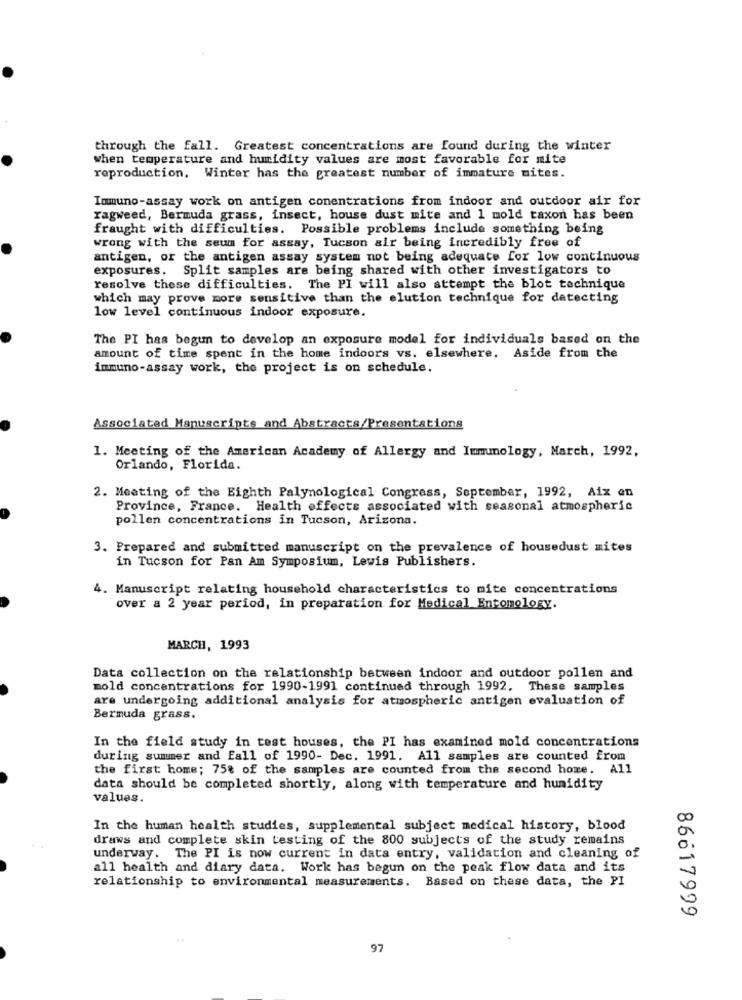
through the fall. Greatest concentrations are found during the winter
when temperature and humidity values are most favorable for mite
reproduction. Winter has the greatest number of immature mites.
Immuno-assay work on antigen conentrations from indoor and outdoor air for
ragweed, Bermuda grass, insect, house dust mite and 1 mold taxon has been
fraught with difficulties. Possible problems include something being
wrong with the seum for assay, Tucson air being incredibly free of
antigen, or the antigen assay system not being adequate for low continuous
exposures. Split samples are being shared with other investigators to
resolve these difficulties. The PI will also attempt the blot technique
which may prove more sensitive than the elution technique for detecting
low level continuous indoor exposure.
The PI has begun to develop an exposure model for individuals based on the
amount of time spent in the home indoors vs. elsewhere. Aside from the
immuno-assay work, the project is on schedule.
Associated Manuscripts and Abstracts/Presentations
1. Meeting of the American Academy of Allergy and Immunology, March, 1992,
Orlando, Florida.
2. Meeting of the Eighth Palynological Congress, September, 1992, Aix en
Province, France. Health effects associated with seasonal atmospheric
pollen concentrations in Tucson, Arizona.
3. Prepared and submitted manuscript on the prevalence of housedust mites
in Tucson for Pan Am Symposium, Lewis Publishers.
4. Manuscript relating household characteristics to mite concentrations
over a 2 year period, in preparation for Medical Entomology.
MARCH, 1993
Data collection on the relationship between indoor and outdoor pollen and
mold concentrations for 1990-1991 continued through 1992. These samples
are undergoing additional analysis for atmospheric antigen evaluation of
Bermuda grass.
In the field study in test houses, the PI has examined mold concentrations
during summer and Fall of 1990- Dec. 1991. All samples are counted from
the first home; 75% of the samples are counted from the second home. All
data should be completed shortly, along with temperature and humidity
values.
In the human health studies, supplemental subject medical history, blood
draws and complete skin testing of the 800 subjects of the study remains
underway. The PI is now current in data entry, validation and cleaning of
all health and diary data. Work has begun on the peak flow data and its
relationship to environmental measurements. Based on these data, the PI
86617999
97